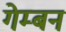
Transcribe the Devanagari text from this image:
गेम्बन